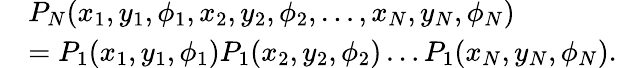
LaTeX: \begin{array}{rl}&{P_{N}(x_{1},y_{1},\phi_{1},x_{2},y_{2},\phi_{2},\dots,x_{N},y_{N},\phi_{N})}\\ &{=P_{1}(x_{1},y_{1},\phi_{1})P_{1}(x_{2},y_{2},\phi_{2})\dots P_{1}(x_{N},y_{N},\phi_{N}).}\end{array}